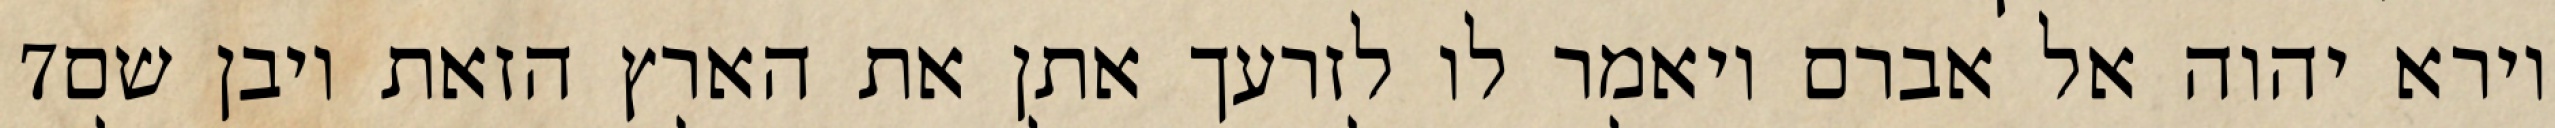
‎7‏ וירא יהוה אל אברם ויאמר לו לזרעך אתן את הארץ הזאת ויבן שם